Annual administration report of the Civil Veterinary Department, Ajmere-Merwara, British Rajputana - 1914-1940
Year: 1914
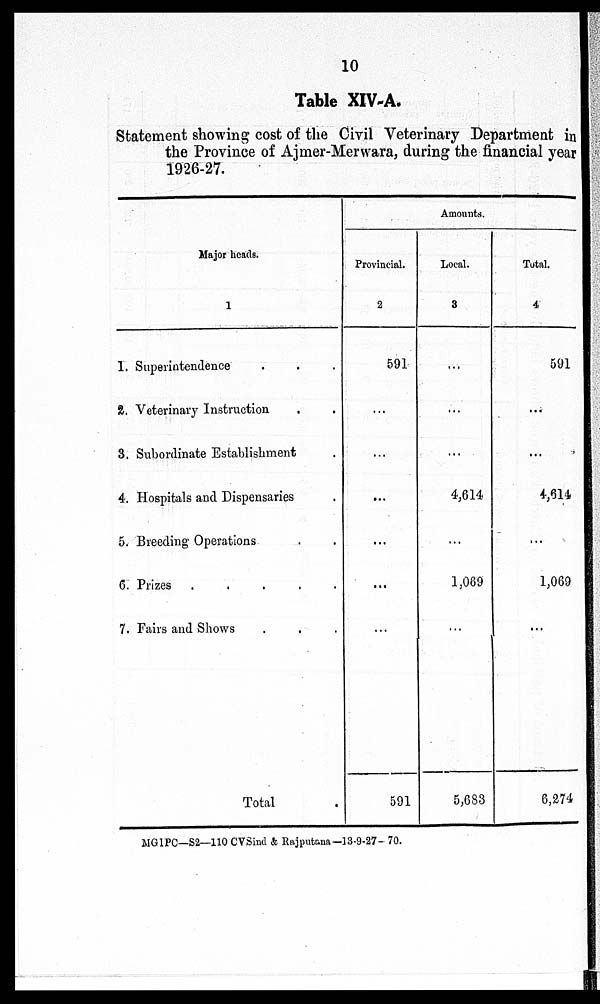
10
Table XIV-A.
Statement showing cost of the Civil Veterinary Department in
the Province of Ajmer-Merwara, during the financial year
1926-27.
Major heads.
1
1. Superintendence . . .
2. Veterinary Instruction . .
3. Subordinate Establishment .
4. Hospitals and Dispensaries .
5. Breeding Operations . .
6. Prizes
.
.
.
.
.
7. Fairs and Shows . . .
Total .
Amounts.
Provincial.
2
591
...
...
...
...
...
591
Local.
3
...
...
...
4,614
...
1,069
...
5,683
Total.
4
591
...
...
4,614
...
1,069
...
6,274
MGIPC—S2—110 CVSind & Rajputaua—13-9-27- 70.